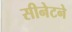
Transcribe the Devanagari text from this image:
सीनेटने